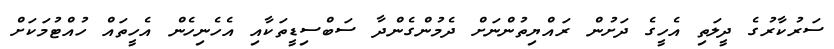
ސަރުކާރުގެ ދީލަތި އެހީގެ ދަށުން ރައްޔިތުންނަށް ދެމުންގެންދާ ސަބްސިޑީތަކާއި އެހެނިހެން އެހީތައް ހުއްޓުމަކަށް